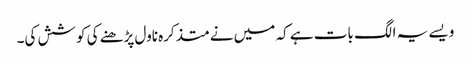
ویسے یہ الگ بات ہے کہ میں نے متذکرہ ناول پڑھنے کی کوشش کی۔